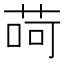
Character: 𦱕